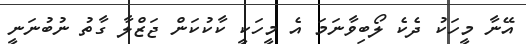
އޭނާ މީހަކު ދެކެ ލޯބިވާނަމަ އެ މީހަކީ ކާކުކަން ޖަޒްލާ ގާތު ނުބުނަނީ